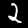
Label: 2